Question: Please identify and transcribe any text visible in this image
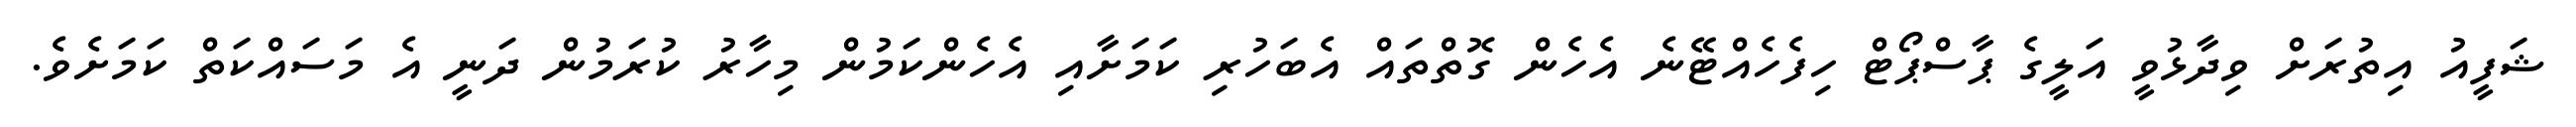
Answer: ޝަފީއު އިތުރަށް ވިދާޅުވީ އަލީގެ ޕާސްޕޯޓް ހިފެހެއްޓޭނެ އެހެން ގޮތްތައް އެބަހުރި ކަމަށާއި އެހެންކަމުން މިހާރު ކުރަމުން ދަނީ އެ މަސައްކަތް ކަމަށެވެ.